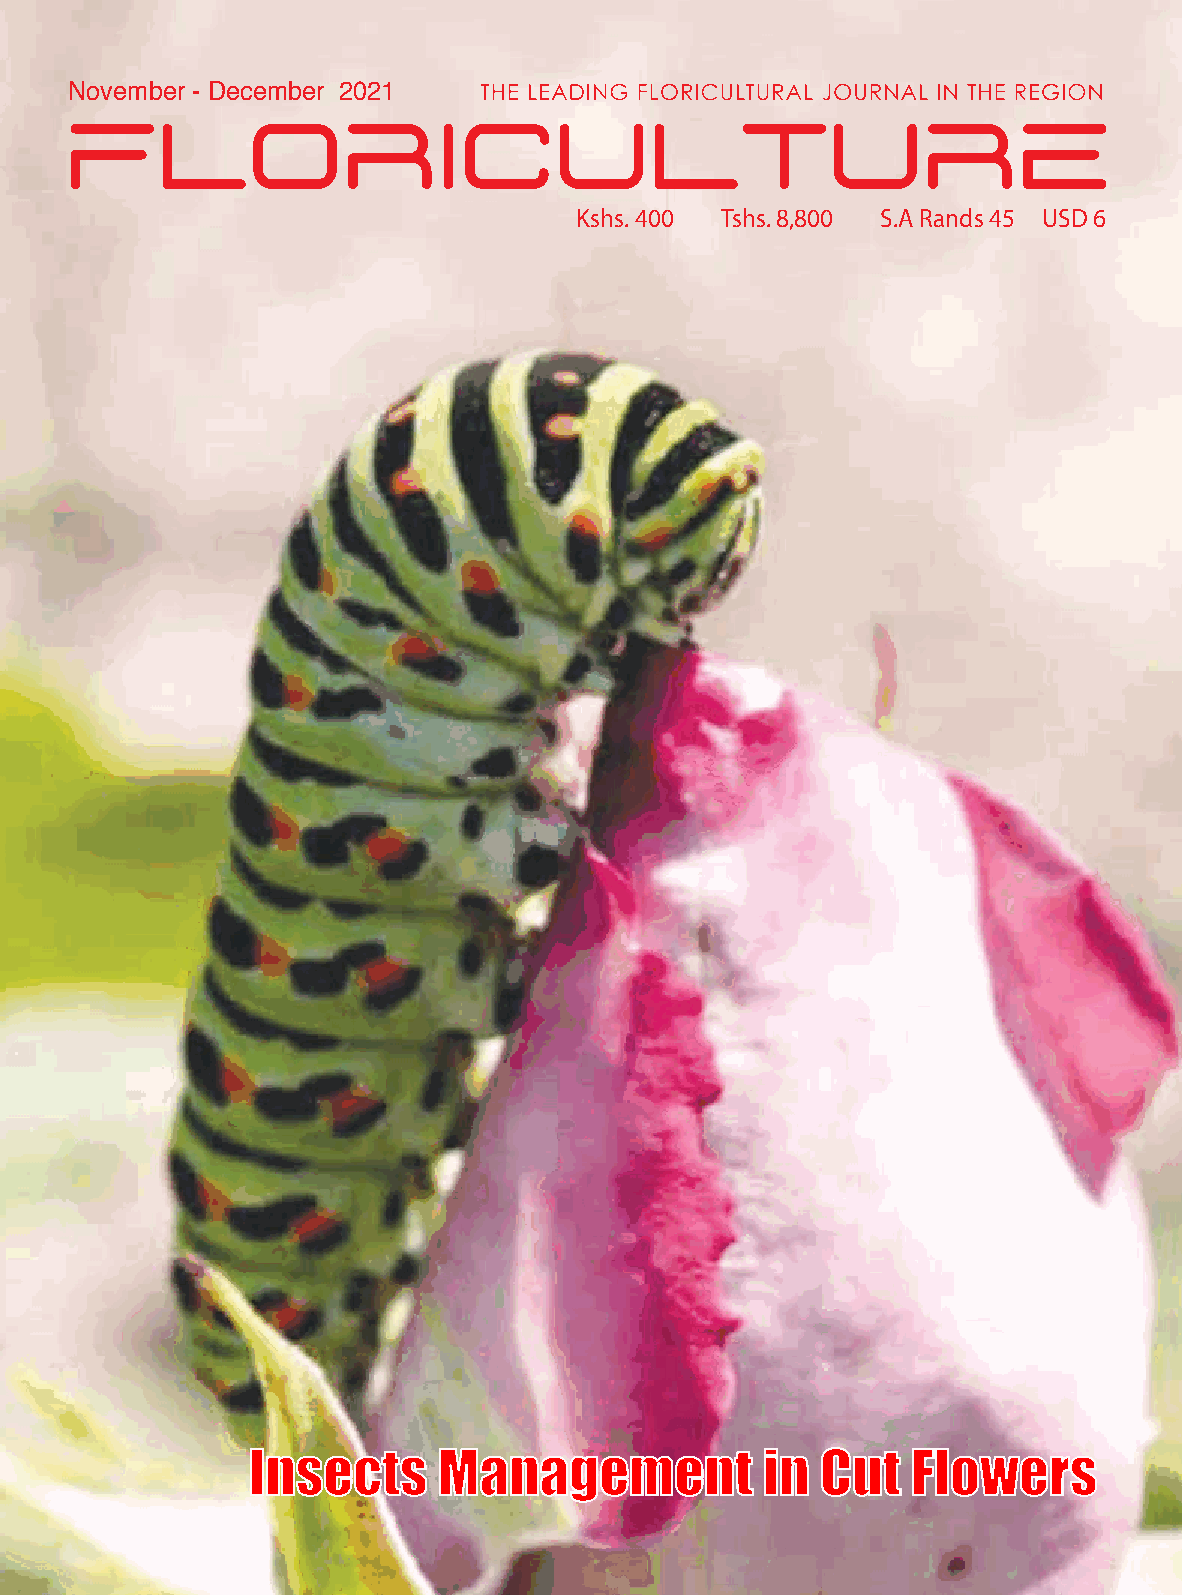
November - December 2021
 Kshs. 400 Tshs. 8,800 S.A Rands 45 USD 6
 Insects      Management           in  Cut   Flowers
 Floriculture . November - December 2021